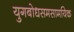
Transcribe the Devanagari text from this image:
युगबोधसमसामयिक